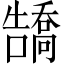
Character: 𪢡